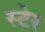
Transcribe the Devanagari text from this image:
स्टेर